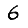
Digit: 6